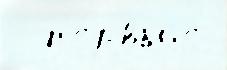
  п'е́рвыjе